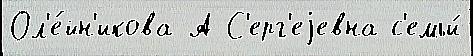
Ол'е́йн'икова А С'ерг'еjевна с'емьи́